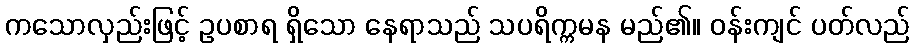
ကသောလှည်းဖြင့် ဥပစာရ ရှိသော နေရာသည် သပရိက္ကမန မည်၏။ ဝန်းကျင် ပတ်လည်